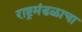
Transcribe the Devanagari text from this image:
राष्ट्रमंडळाचा